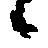
候